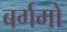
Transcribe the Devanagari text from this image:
बर्गमो